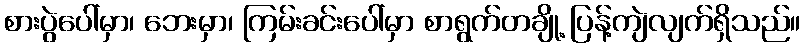
စားပွဲပေါ်မှာ၊ ဘေးမှာ၊ ကြမ်းခင်းပေါ်မှာ စာရွက်တချို့ ပြန့်ကျဲလျက်ရှိသည်။